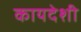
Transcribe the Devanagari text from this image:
कायदेशी